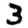
Digit: 3